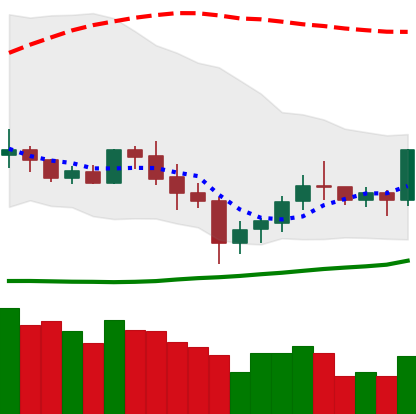
Ticker: XLM-USD
Chart end date: 2020-07-06
Forward return: 31.265%
Label: up_7plus